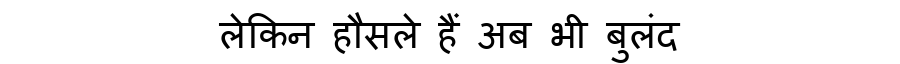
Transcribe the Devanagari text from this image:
लेकिन हौसले हैं अब भी बुलंद